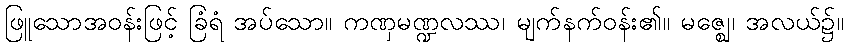
ဖြူသောအဝန်းဖြင့် ခြံရံ အပ်သော။ ကဏှမဏ္ဍလဿ၊ မျက်နက်ဝန်း၏။ မဇ္ဈေ၊ အလယ်၌။